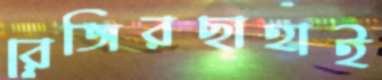
রেজিরছাহাই